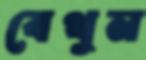
বেথুন